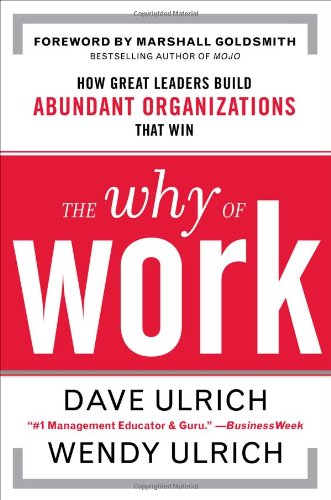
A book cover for The Why of Work: How Great Leaders Build Abundant Organizations That Win; Dave Ulrich; Business & Money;